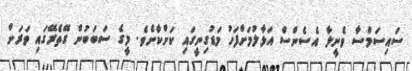
ސައިސަމްސާ ވެނީލާ އެސެންސް އަޅާލުމަށްފަހު މަޑުގިނީގައި ކަށްކާށެވެ. މީގެ ސަބަބުން ގޭތެރޭގައި ވަރަށް